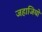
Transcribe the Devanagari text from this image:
जहाजियों